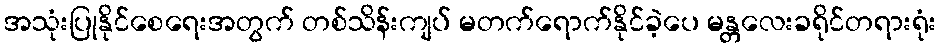
အသုံးပြုနိုင်စေရေးအတွက် တစ်သိန်းကျပ် မတက်ရောက်နိုင်ခဲ့ပေ မန္တလေးခရိုင်တရားရုံး